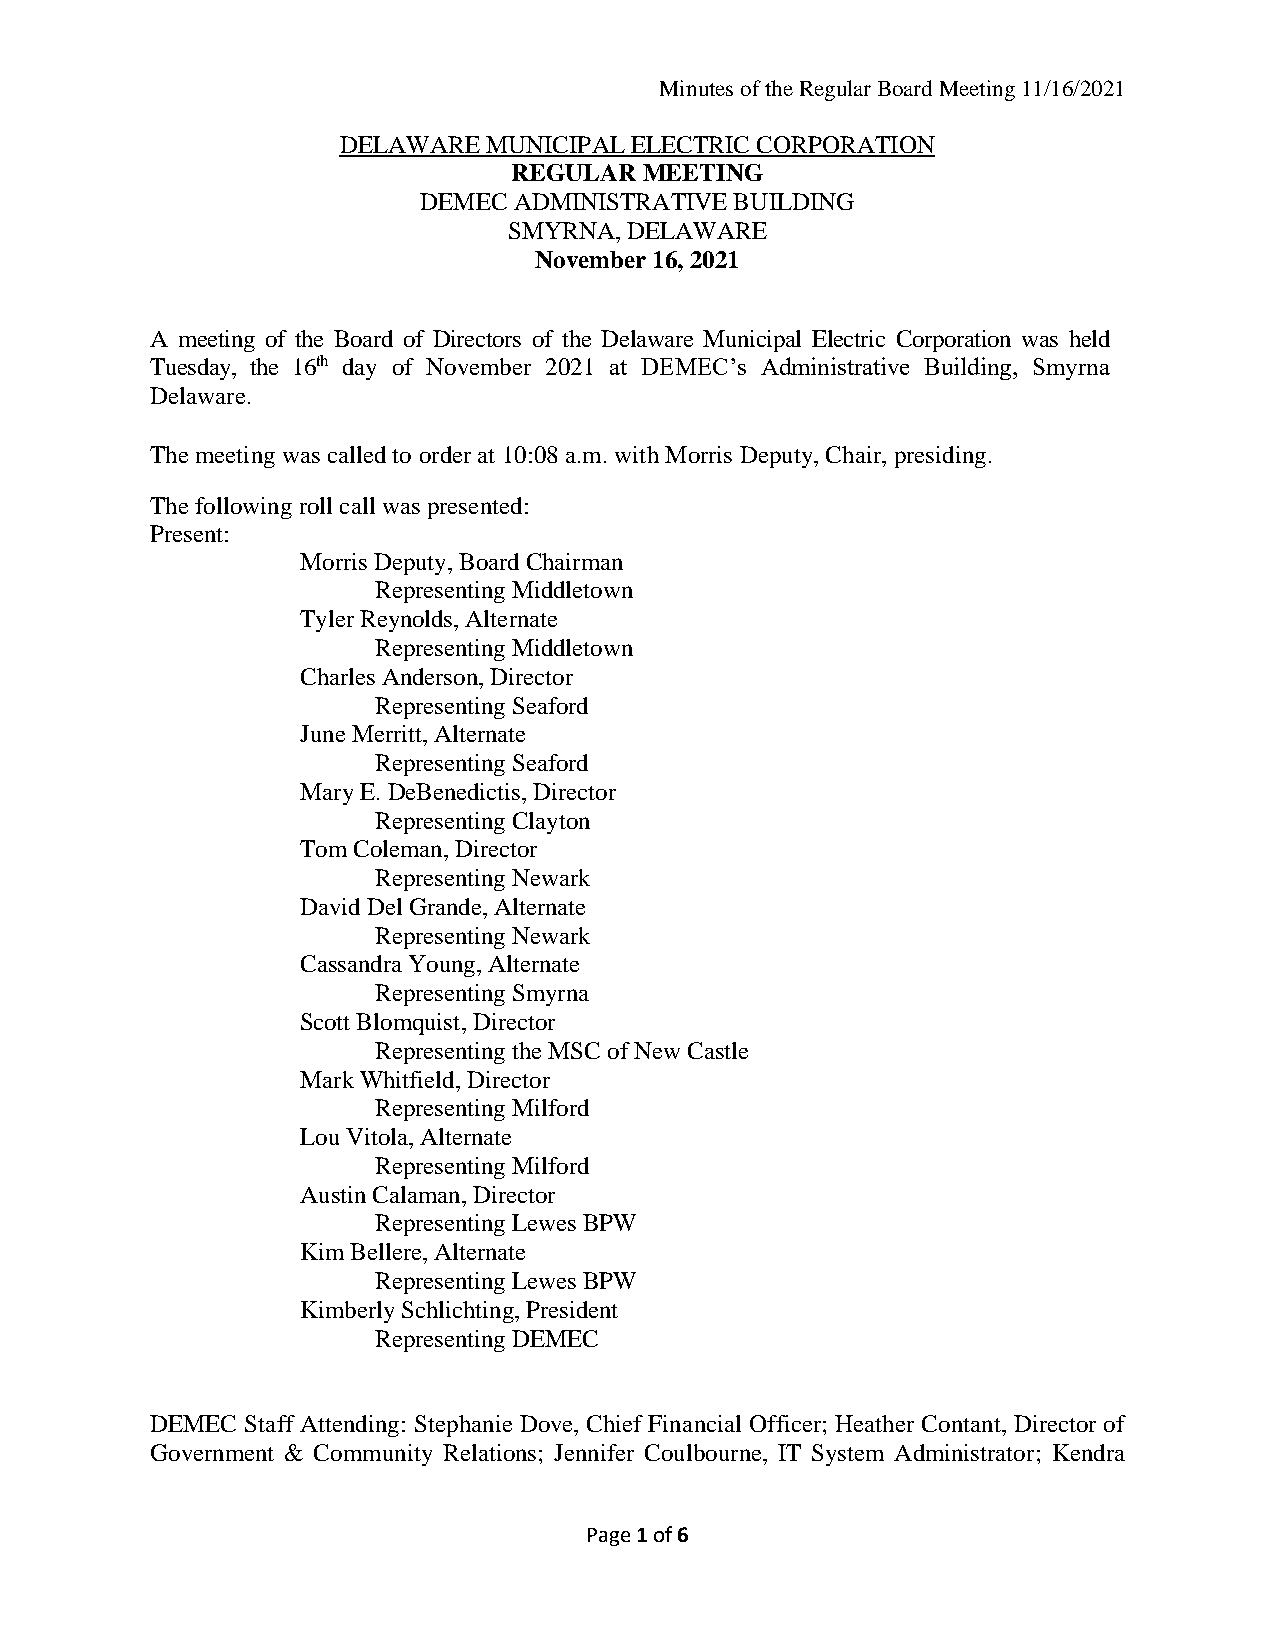
Minutes of the Regular Board Meeting 11/16/2021
 DELAWARE  MUNICIPAL ELECTRIC CORPORATION
 REGULAR  MEETING
 DEMEC ADMINISTRATIVE BUILDING
 SMYRNA, DELAWARE
 November 16, 2021
 A meeting of the Board of Directors of the Delaware Municipal Electric Corporation was held
 Tuesday, the 16th day of November 2021 at DEMEC’s Administrative Building, Smyrna
 Delaware.
 The meeting was called to order at 10:08 a.m. with Morris Deputy, Chair, presiding.
 The following roll call was presented:
 Present:
 Morris Deputy, Board Chairman
 Representing Middletown
 Tyler Reynolds, Alternate
 Representing Middletown
 Charles Anderson, Director
 Representing Seaford
 June Merritt, Alternate
 Representing Seaford
 Mary E. DeBenedictis, Director
 Representing Clayton
 Tom Coleman, Director
 Representing Newark
 David Del Grande, Alternate
 Representing Newark
 Cassandra Young, Alternate
 Representing Smyrna
 Scott Blomquist, Director
 Representing the MSC of New Castle
 Mark Whitfield, Director
 Representing Milford
 Lou Vitola, Alternate
 Representing Milford
 Austin Calaman, Director
 Representing Lewes BPW
 Kim Bellere, Alternate
 Representing Lewes BPW
 Kimberly Schlichting, President
 Representing DEMEC
 DEMEC Staff Attending: Stephanie Dove, Chief Financial Officer; Heather Contant, Director of
 Government & Community Relations; Jennifer Coulbourne, IT System Administrator; Kendra
 Page 1 of 6